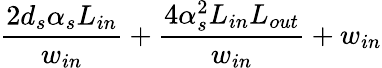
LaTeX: \frac{2d_{s}\alpha_{s}L_{in}}{w_{in}}+\frac{4\alpha_{s}^{2}L_{in}L_{out}}{w_{in}}+w_{in}